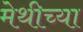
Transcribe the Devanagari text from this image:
मेथीच्या